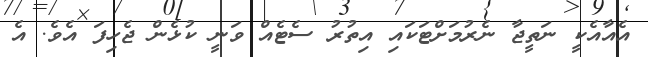
އެއާއެކީ ނަތީޖާ ނެރުމަށްޓަކައި އިތުރު ސެޓެއް ވަނީ ކުޅެން ޖެހިފަ އެވެ. އެ